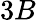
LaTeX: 3B